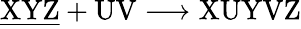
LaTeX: \mathrm{\underline{{XYZ}}+UV\longrightarrow XUYVZ}